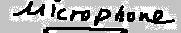
Text: microphone